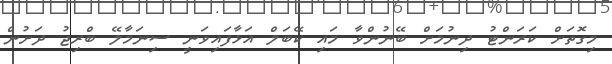
މިގޮތަށް ކަރަންޓު ދިނުމަށް ބޭނުންވާ މައި ކޭބަލް އަޅާފައިވަނީ ސިނަމާލޭ ބްރިޖު ދަށުން